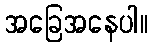
အခြေအနေပါ။